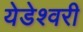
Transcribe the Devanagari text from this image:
येडेश्वरी